Indian journal of veterinary science and animal husbandry - Volume 2,
Year: 1932
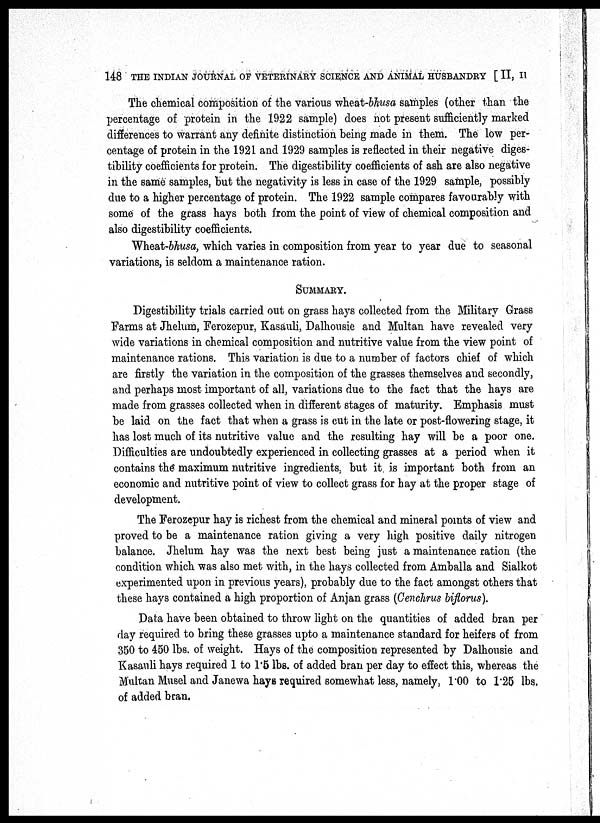
148 THE INDIAN JOURNAL OF VETERINARY SCIENCE AND ANIMAL HUSBANDRY [ II, II
The chemical composition of the various wheat-bhusa samples (other than the
percentage of protein in the 1922 sample) does not present sufficiently marked
differences to warrant any definite distinction being made in them. The low per-
centage of protein in the 1921 and 1929 samples is reflected in their negative diges-
tibility coefficients for protein. The digestibility coefficients of ash are also negative
in the same samples, but the negativity is less in case of the 1929 sample, possibly
due to a higher percentage of protein. The 1922 sample compares favourably with
some of the grass hays both from the point of view of chemical composition and
also digestibility coefficients.
Wheat-bhusa, which varies in composition from year to year due to seasonal
variations, is seldom a maintenance ration.
SUMMARY.
Digestibility trials carried out on grass hays collected from the Military Grass
Farms at Jhelum, Ferozepur, Kasauli, Dalhousie and Multan have revealed very
wide variations in chemical composition and nutritive value from the view point of
maintenance rations. This variation is due to a number of factors chief of which
are firstly the variation in the composition of the grasses themselves and secondly,
and perhaps most important of all, variations due to the fact that the hays are
made from grasses collected when in different stages of maturity. Emphasis must
be laid on the fact that when a grass is cut in the late or post-flowering stage, it
has lost much of its nutritive value and the resulting hay will be a poor one.
Difficulties are undoubtedly experienced in collecting grasses at a period when it
contains the maximum nutritive ingredients, but it is important both from an
economic and nutritive point of view to collect grass for hay at the proper stage of
development.
The Ferozepur hay is richest from the chemical and mineral points of view and
proved to be a maintenance ration giving a very high positive daily nitrogen
balance. Jhelum hay was the next best being just a maintenance ration (the
condition which was also met with, in the hays collected from Amballa and Sialkot
experimented upon in previous years), probably due to the fact amongst others that
these hays contained a high proportion of Anjan grass (Cenchrus biflorus).
Data have been obtained to throw light on the quantities of added bran per
day required to bring these grasses upto a maintenance standard for heifers of from
350 to 450 lbs. of weight. Hays of the composition represented by Dalhousie and
Kasauli hays required 1 to 1.5 lbs. of added bran per day to effect this, whereas the
Multan Musel and Janewa hays required somewhat less, namely, 1.00 to 1.25 lbs.
of added bran.